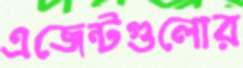
এজেন্টগুলোর